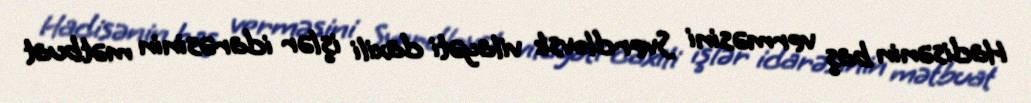
Hadisənin baş verməsini Sverdlovsk vilayəti daxili işlər idarəsinin mətbuat